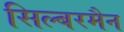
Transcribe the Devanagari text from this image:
सिल्बरमैन